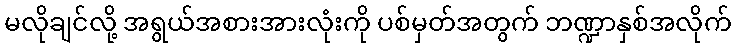
မလိုချင်လို့ အရွယ်အစားအားလုံးကို ပစ်မှတ်အတွက် ဘဏ္ဍာနှစ်အလိုက်